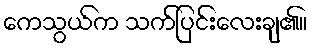
ကေသွယ်က သက်ပြင်းလေးချ၏။